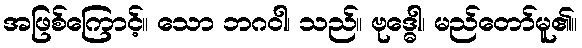
အဖြစ်ကြောင့်။ သော ဘဂဝါ၊ သည်။ ဗုဒ္ဓေါ၊ မည်တော်မူ၏။